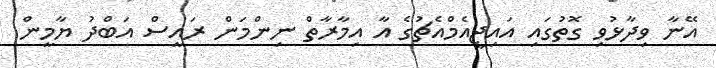
އޭނާ ވިދާޅުވި ގޮތުގައި އައިޖީއެމްއެޗުގެ އާ އިމާރާތް ނިންމަން ރައީސް އަބްދު ޔާމީން